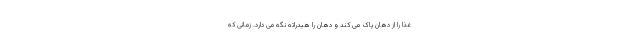
غذا را از دهان پاک می کند و دهان را هیدراته نگه می دارد. زمانی که